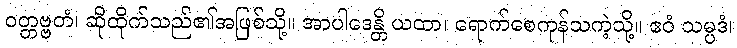
ဝတ္တဗ္ဗတံ၊ ဆိုထိုက်သည်၏အဖြစ်သို့။ အာပါဒေန္တိ ယထာ၊ ရောက်စေကုန်သကဲ့သို့။ ဧဝံ သမ္ပဒံ၊